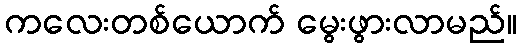
ကလေးတစ်ယောက် မွေးဖွားလာမည်။